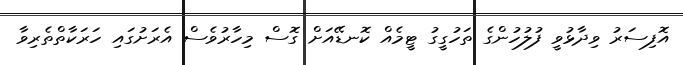
އޮފިސަރު ވިދާޅުވީ ފުލުހުންގެ ތަހުގީގު ޓީމެއް ކޮނޑޭއަށް ގޮސް މިހާރުވެސް އެރަށުގައި ހަރަކާތްތެރިވާ